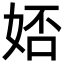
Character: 娝